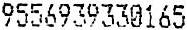
9556939330165